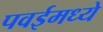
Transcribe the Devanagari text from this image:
पवईमध्ये